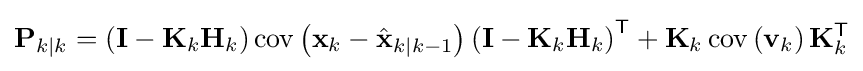
\mathbf {P} _{k\mid k}=\left(\mathbf {I} -\mathbf {K} _{k}\mathbf {H} _{k}\right)\operatorname {cov} \left(\mathbf {x} _{k}-{\hat {\mathbf {x} }}_{k\mid k-1}\right)\left(\mathbf {I} -\mathbf {K} _{k}\mathbf {H} _{k}\right)^{\textsf {T}}+\mathbf {K} _{k}\operatorname {cov} \left(\mathbf {v} _{k}\right)\mathbf {K} _{k}^{\textsf {T}}